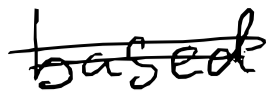
Text: based
Cross-out: double-line
Writing tool: digital_black